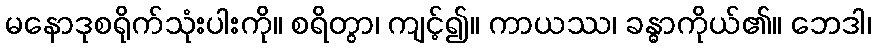
မနောဒုစရိုက်သုံးပါးကို။ စရိတွာ၊ ကျင့်၍။ ကာယဿ၊ ခန္ဓာကိုယ်၏။ ဘေဒါ၊